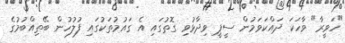
"ހަވީރާ" ވާހަކަ ދައްކަވަމުން ސީޕީ ވިދާޅުވި ގޮތުގައި އެ ގައުމުތަކުގައި ފުލުހުން ބޭތިއްބުމުގެ